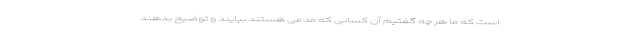
است که ما هر چه گفتیم آن کسانی که مدعی هستند بیایند و توضیح بدهند